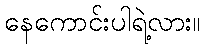
နေကောင်းပါရဲ့လား။